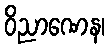
ဝိညာဏေန၊